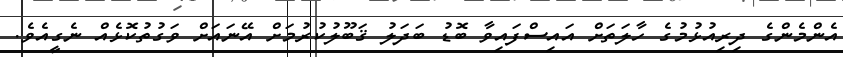
އެންމެންގެ ދިރިއުޅުމުގެ ހާލަތަށް އައިސްފައިވާ ބޮޑު ބަދަލު ޤަބޫލުކުރުމަށް އޭނައަށް ވަގުތުކޮޅެއް ނެގީއެވެ.